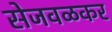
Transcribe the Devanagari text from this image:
सेजवळकर